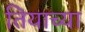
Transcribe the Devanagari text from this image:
तियाच्या